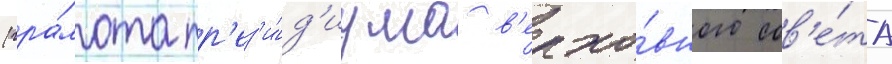
(гра́мота пр'ез'и́д'иума в'ерхо́вного сов'е́та